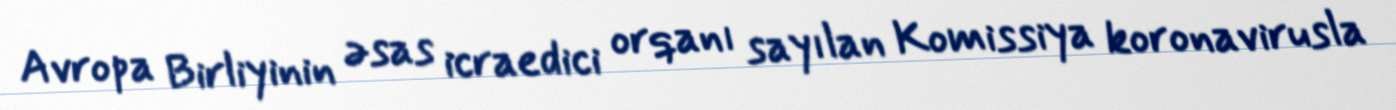
Avropa Birliyinin əsas icraedici orqanı sayılan Komissiya koronavirusla